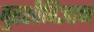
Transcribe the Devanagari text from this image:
बुरशीविज्ञान